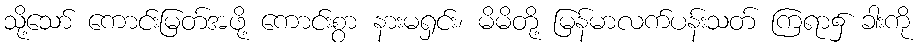
သို့သော် ကောင်းမြတ်အဖို့ ကောင်းစွာ နားမရှင်း၊ မိမိတို့ မြန်မာလက်ပန်းသတ် ကြရာ၌ ခါးကို